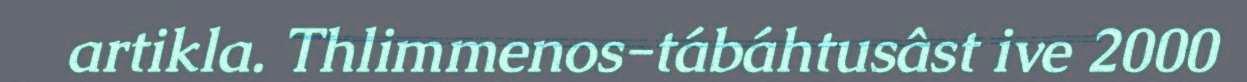
artikla. Thlimmenos-tábáhtusâst ive 2000